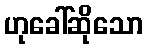
ဟုခေါ်ဆိုသော